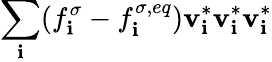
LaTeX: \sum_{\mathbf{i}}(f_{\mathbf{i}}^{\sigma}-f_{\mathbf{i}}^{\sigma,eq})\mathbf{{v}}_{\mathbf{i}}^{*}\mathbf{{v}}_{\mathbf{i}}^{*}\mathbf{{v}}_{\mathbf{i}}^{*}